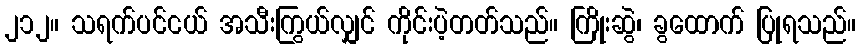
၂၁၂။ သရက်ပင်ငယ် အသီးကြွယ်လျှင် ကိုင်းပဲ့တတ်သည်။ ကြိုးဆွဲ၊ ခွထောက် ပြုရသည်။